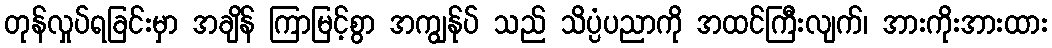
တုန်လှုပ်ရခြင်းမှာ အချိန် ကြာမြင့်စွာ အကျွန်ုပ် သည် သိပ္ပံပညာကို အထင်ကြီးလျက်၊ အားကိုးအားထား